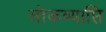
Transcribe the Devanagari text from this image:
लोकव्याप्ति